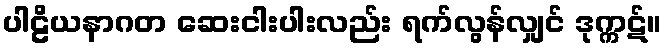
ပါဠိယနာဂတ ဆေးငါးပါးလည်း ရက်လွန်လျှင် ဒုက္ကဋ်။